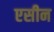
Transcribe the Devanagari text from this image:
एसीन